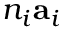
n _ { i } \mathbf { a } _ { i }